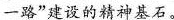
一路”建设的精神基石。